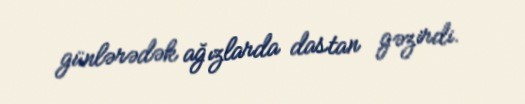
günlərədək ağızlarda dastan gəzirdi.